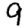
Digit: 9